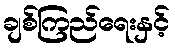
ချစ်ကြည်ရေးနှင့်